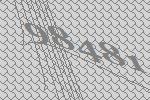
98481